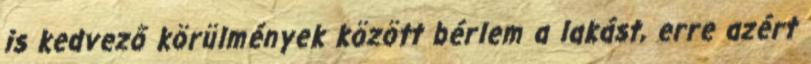
is kedvező körülmények között bérlem a lakást, erre azért